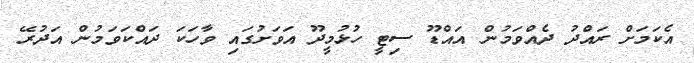
އެކަމަށް ރައްދު ދެއްވަމުން އައްޑޫ ސިޓީ ހުޅުމީދޫ އަވަށުގައި ވާހަކަ ދައްކަވަމުން އަދުރޭ